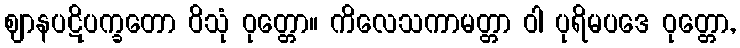
ဈာနပဋိပက္ခတော ဝိသုံ ဝုတ္တော။ ကိလေသကာမတ္တာ ဝါ ပုရိမပဒေ ဝုတ္တော,